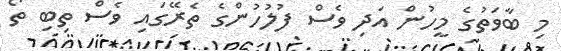
މި ބާވަތުގެ މީހުން އަދި ވެސް ފުލުހުންގެ ތެރޭގައި ވެސް ތިބި ތޯ